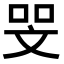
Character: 𠳵